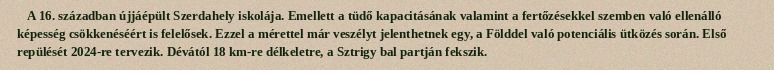
A 16. században újjáépült Szerdahely iskolája. Emellett a tüdő kapacitásának valamint a fertőzésekkel szemben való ellenálló képesség csökkenéséért is felelősek. Ezzel a mérettel már veszélyt jelenthetnek egy, a Földdel való potenciális ütközés során. Első repülését 2024-re tervezik. Dévától 18 km-re délkeletre, a Sztrigy bal partján fekszik.